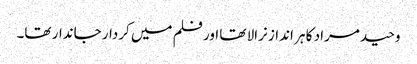
وحید مراد کا ہر انداز نرالا تھا اور فلم میں کردار جاندار تھا۔